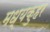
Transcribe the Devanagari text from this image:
मध्यकुहर